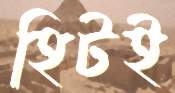
হিটই